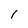
Character: 1